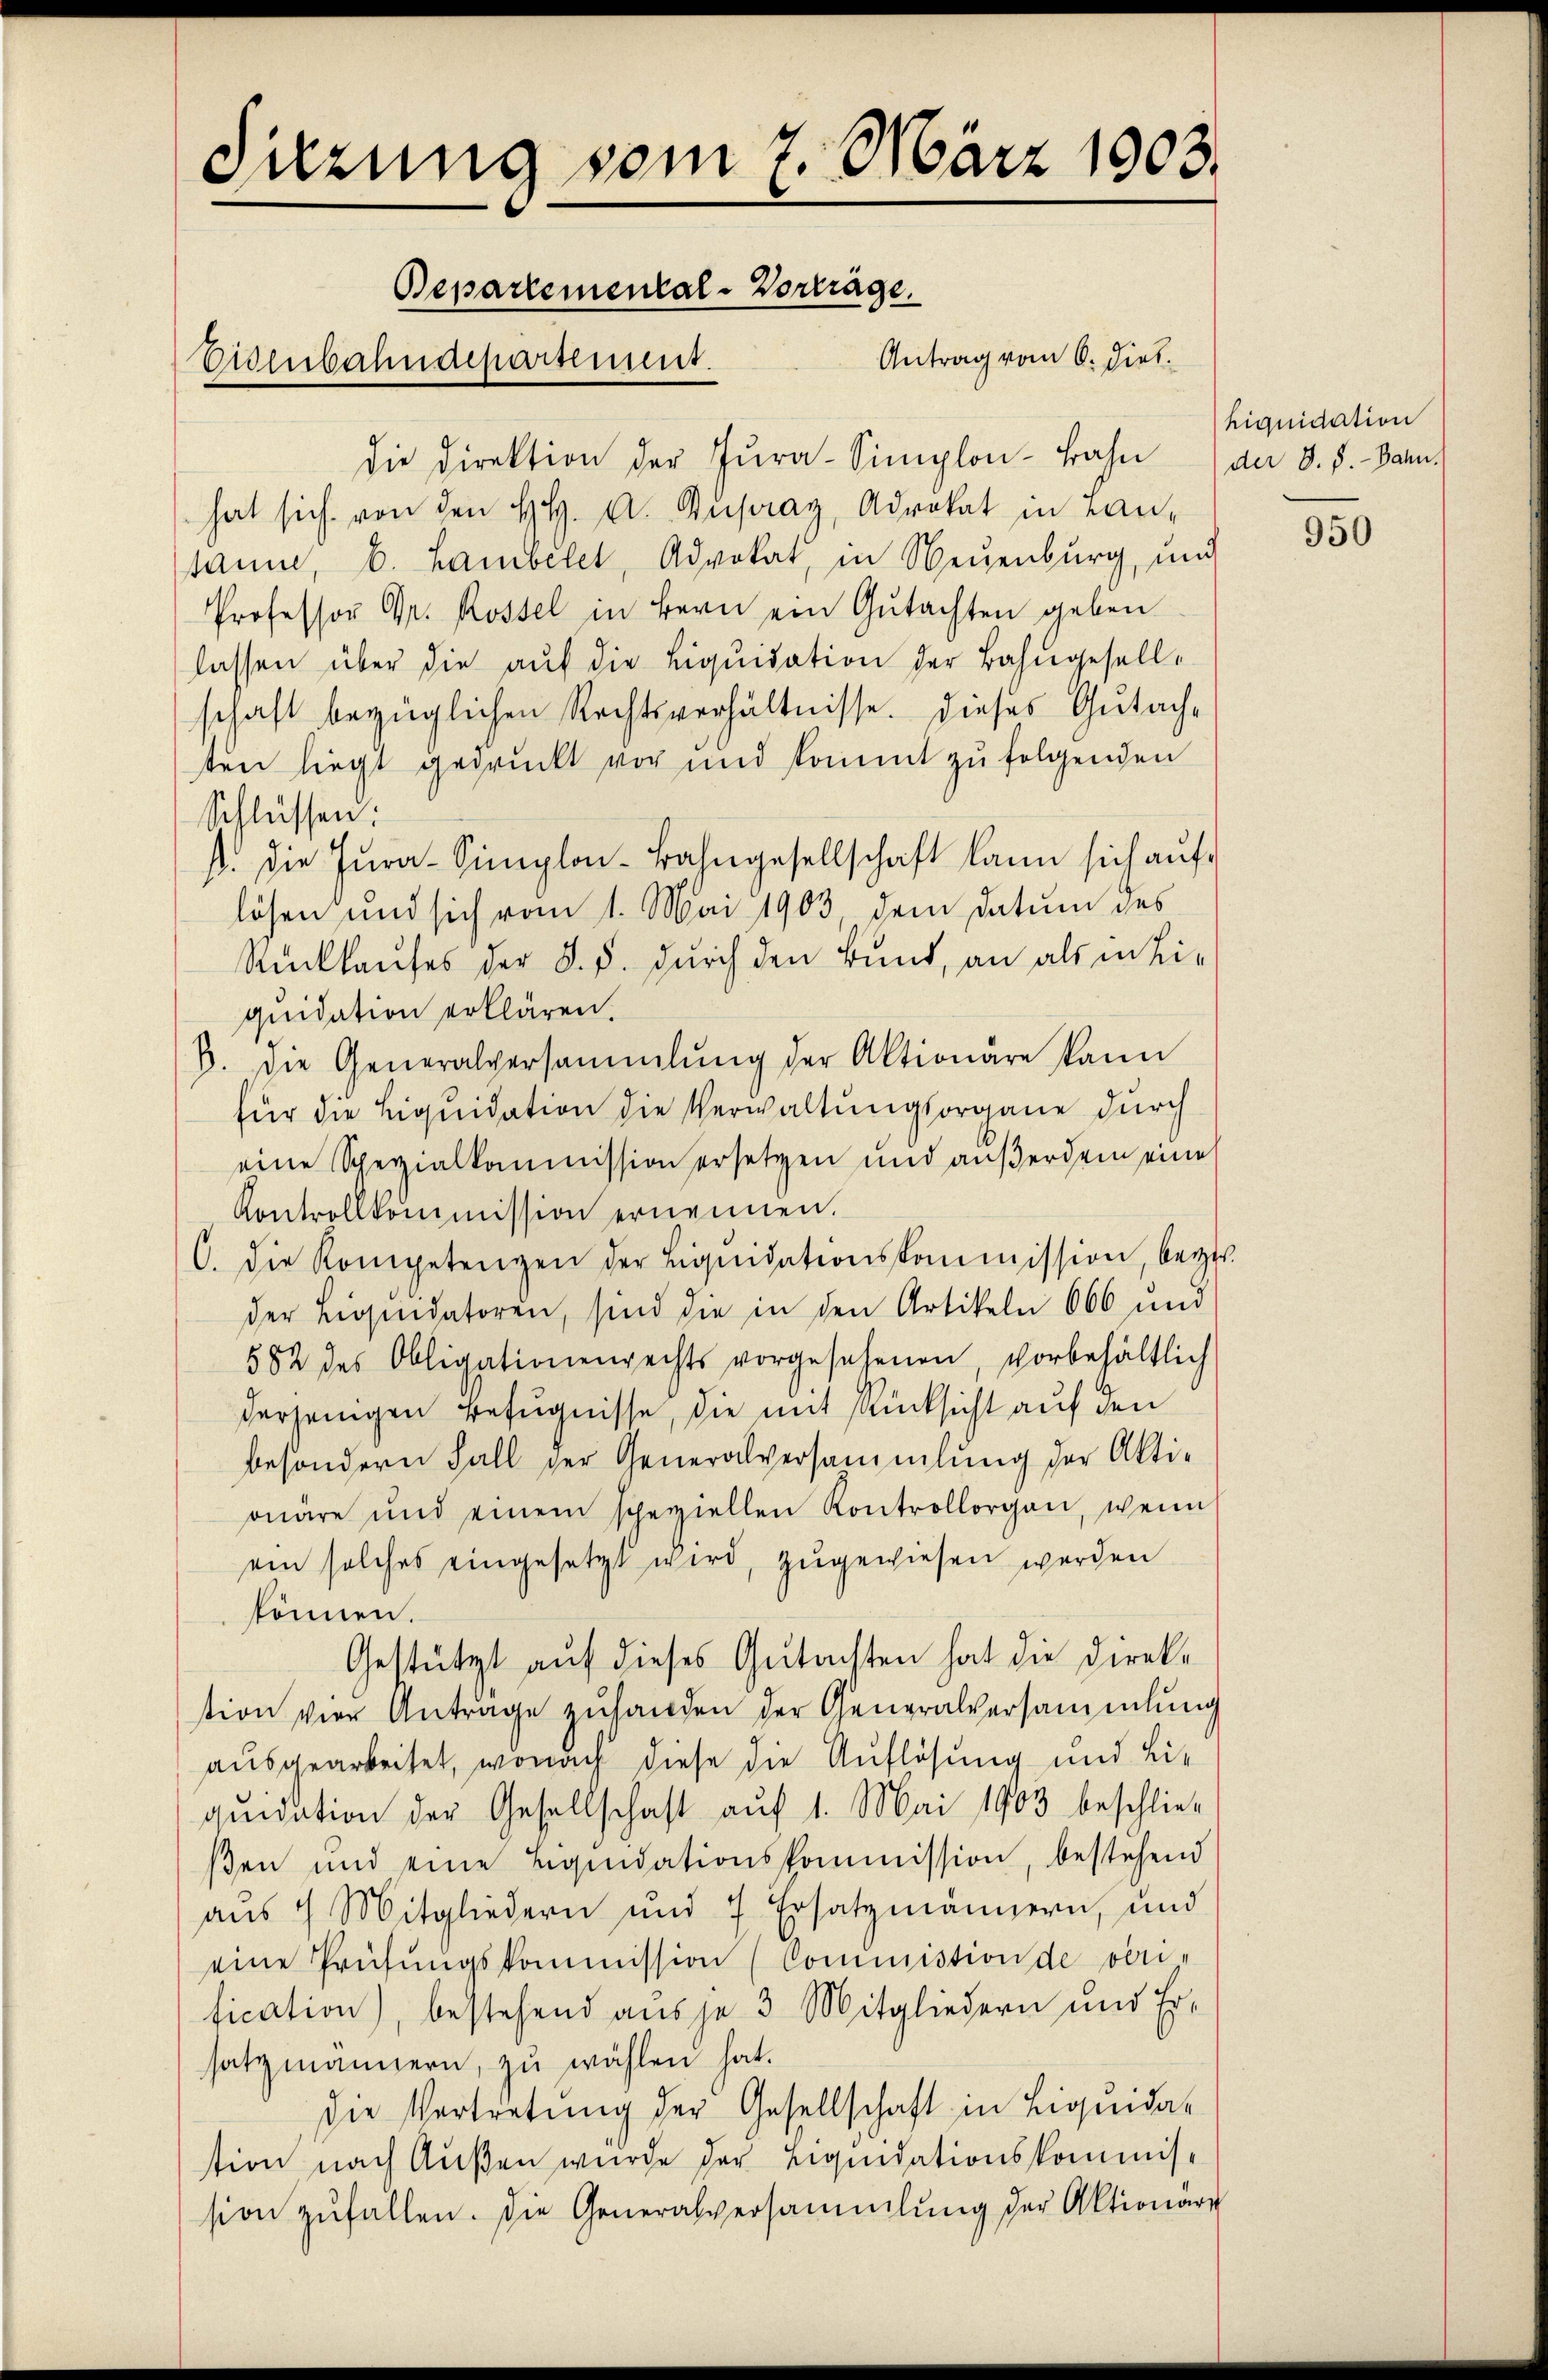
Sitzung vom 7. März 1903.
Bepartemental-Vorträge.
Antrag vom 6. Diet.
Euzubahndepartement.

die Direktion der Jŭra-Simplon-Bahn der 8. d. Dann
hat sich von den HH. A. Rupraz, Advokat in Lantanne, b. Lambelet, Advokat, in Neuenburg, und
Professor Dr. Rossel in Bern ein Gutachten geben
lassen über die auf die Liquidation der Bahngesellschaft bezüglichen Rechtsverhältnisse. Dieses Gutachten liegt gedruckt vor und kommt zu folgenden
Schlüssen:
. die Fŭra-Simplon-Bahngesellschaft kann sich auf
lösen und sich vom 1. Mai 1903, dem Datum des
Rückkaufes der §. §. durch den Bund, an als in hie
quidation erklären.
b. Die Generalversammlung der Aktionäre kann
für die Liquidation die Verwaltungsorgane durch
eine Scherzialkommission ersetzen und außerdem eine
Kontrollkommission ernennen.
C. die Kompetenzen der Liqŭidationskommission, bezir
der Liquidatoren, sind die in den Artikeln 666 und
582 des Obligationenrechts vorgesehenen, vorbehältlich
derjenigen Befugnisse, die mit Rücksicht auf den
besondern Fall der Generalversammlung der Akti-
onäre und einem speziellen Kontrollorgan, wenn
ein solches eingesetzt wird, zugewiesen werden
können.
Gestützt auf dieses Gutachten hat die Direkt
tion vier Anträge zuhanden der Generalversammlung
ausgearbeitet, wonach diese die Auflösung und Liquidation der Gesellschaft auf 1. Mai 1903 beschlie-
ßen und eine Liqŭidationskommission, bestehend
aus 4 Mitgliedern und 7 Ersatzmännern, und
eine Prüfŭngskommission (Commission de vori-
fication), bestehend aus je 3 Mitgliedern und Er-
satzmännern, zŭ wählen hat.
die Vertretung der Gesellschaft in Liquidat
stion nach Außen wurde der Liquidationskommission zufallen. Die Generalversammlung der Aktionare

hiquidation

950